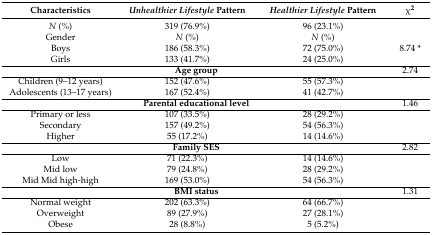
| Characteristics | Unhealthier Lifestyle Pattern | Healthier Lifestyle Pattern | χ2 |
 | --- | --- | --- | --- |
 | N (%) | 319 (76.9%) | 96 (23.1%) |  |
 | Gender | N (%) | N (%) |  |
 | Boys | 186 (58.3%) | 72 (75.0%) | 8.74 * |
 | Girls | 133 (41.7%) | 24 (25.0%) |  |
 | <COLSPAN=3> Age group | 2.74 |
 | Children (9–12 years) | 152 (47.6%) | 55 (57.3%) |  |
 | Adolescents (13–17 years) | 167 (52.4%) | 41 (42.7%) |  |
 | <COLSPAN=3> Parental educational level | 1.46 |
 | Primary or less | 107 (33.5%) | 28 (29.2%) |  |
 | Secondary | 157 (49.2%) | 54 (56.3%) |  |
 | Higher | 55 (17.2%) | 14 (14.6%) |  |
 | <COLSPAN=3> Family SES | 2.82 |
 | Low | 71 (22.3%) | 14 (14.6%) |  |
 | Mid low | 79 (24.8%) | 28 (29.2%) |  |
 | Mid Mid high-high | 169 (53.0%) | 54 (56.3%) |  |
 | <COLSPAN=3> BMI status | 1.31 |
 | Normal weight | 202 (63.3%) | 64 (66.7%) |  |
 | Overweight | 89 (27.9%) | 27 (28.1%) |  |
 | Obese | 28 (8.8%) | 5 (5.2%) |  |